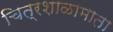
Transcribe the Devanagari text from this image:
चित्रशाळामाता